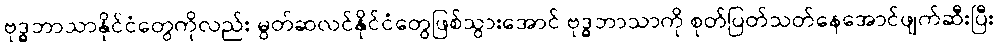
ဗုဒ္ဓဘာသာနိုင်ငံတွေကိုလည်း မွတ်ဆလင်နိုင်ငံတွေဖြစ်သွားအောင် ဗုဒ္ဓဘာသာကို စုတ်ပြတ်သတ်နေအောင်ဖျက်ဆီးပြီး